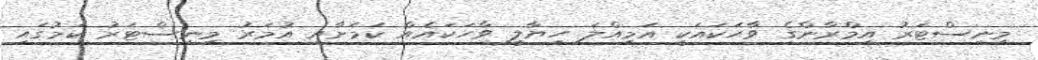
މިނިސްޓަރު އިމްރާންގެ ވާހަކައަކީ އަމިއްލަ ހިޔާލީ ވާހަކައެއް ކަމަށާއި އުމަރު މިނިސްޓަރު ކަމުގައި